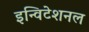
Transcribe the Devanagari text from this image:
इन्विटेशनल